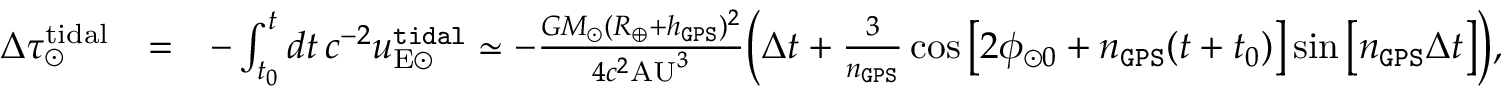
\begin{array} { r l r } { \Delta \tau _ { \odot } ^ { \mathrm { t i d a l } } } & { = } & { - \int _ { t _ { 0 } } ^ { t } d t \, c ^ { - 2 } u _ { \mathrm { E \odot } } ^ { \tt t i d a l } \simeq - \frac { G M _ { \odot } ( R _ { \oplus } + h _ { \tt G P S } ) ^ { 2 } } { 4 c ^ { 2 } \mathrm { A U } ^ { 3 } } \Big ( \Delta t + \frac { 3 } { n _ { \tt G P S } } \cos \big [ 2 \phi _ { \odot 0 } + n _ { \tt G P S } ( t + t _ { 0 } ) \big ] \sin \big [ n _ { \tt G P S } \Delta t \big ] \Big ) , } \end{array}